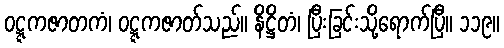
ဝဋ္ဋကဇာတကံ၊ ဝဋ္ဋကဇာတ်သည်။ နိဋ္ဌိတံ၊ ပြီးခြင်းသို့ရောက်ပြီ။ ၁၁၉။